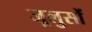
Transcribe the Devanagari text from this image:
जूलुसों